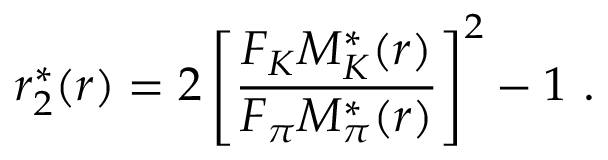
r _ { 2 } ^ { * } ( r ) = 2 \left[ \frac { F _ { K } M _ { K } ^ { * } ( r ) } { F _ { \pi } M _ { \pi } ^ { * } ( r ) } \right] ^ { 2 } - 1 \ .